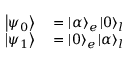
\begin{array} { r l } { \left| \psi _ { 0 } \right\rangle } & { { } = \left| \alpha \right\rangle _ { e } \left| 0 \right\rangle _ { l } } \\ { \left| \psi _ { 1 } \right\rangle } & { { } = \left| 0 \right\rangle _ { e } \left| \alpha \right\rangle _ { l } } \end{array}